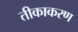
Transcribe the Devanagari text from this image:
तीकाकरण